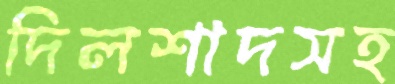
দিলশাদসহ